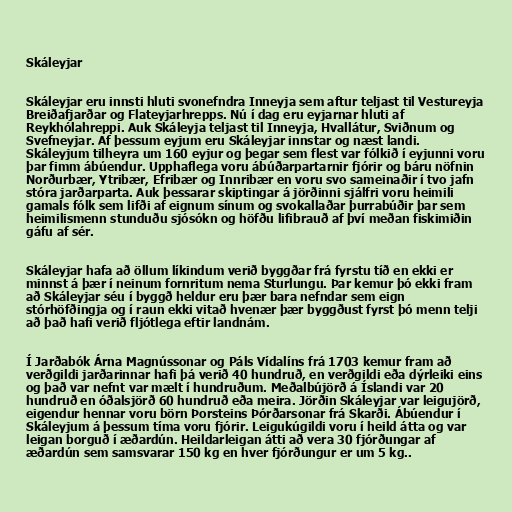
Skáleyjar

Skáleyjar eru innsti hluti svonefndra Inneyja sem aftur teljast til Vestureyja
Breiðafjarðar og Flateyjarhrepps. Nú í dag eru eyjarnar hluti af
Reykhólahreppi. Auk Skáleyja teljast til Inneyja, Hvallátur, Sviðnum og
Svefneyjar. Af þessum eyjum eru Skáleyjar innstar og næst landi.
Skáleyjum tilheyra um 160 eyjur og þegar sem flest var fólkið í eyjunni voru
þar fimm ábúendur. Upphaflega voru ábúðarpartarnir fjórir og báru nöfnin
Norðurbær, Ytribær, Efribær og Innribær en voru svo sameinaðir í tvo jafn
stóra jarðarparta. Auk þessarar skiptingar á jörðinni sjálfri voru heimili
gamals fólk sem lifði af eignum sínum og svokallaðar þurrabúðir þar sem
heimilismenn stunduðu sjósókn og höfðu lifibrauð af því meðan fiskimiðin
gáfu af sér.

Skáleyjar hafa að öllum líkindum verið byggðar frá fyrstu tíð en ekki er
minnst á þær í neinum fornritum nema Sturlungu. Þar kemur þó ekki fram
að Skáleyjar séu í byggð heldur eru þær bara nefndar sem eign
stórhöfðingja og í raun ekki vitað hvenær þær byggðust fyrst þó menn telji
að það hafi verið fljótlega eftir landnám.

Í Jarðabók Árna Magnússonar og Páls Vídalíns frá 1703 kemur fram að
verðgildi jarðarinnar hafi þá verið 40 hundruð, en verðgildi eða dýrleiki eins
og það var nefnt var mælt í hundruðum. Meðalbújörð á Íslandi var 20
hundruð en óðalsjörð 60 hundruð eða meira. Jörðin Skáleyjar var leigujörð,
eigendur hennar voru börn Þorsteins Þórðarsonar frá Skarði. Ábúendur í
Skáleyjum á þessum tíma voru fjórir. Leigukúgildi voru í heild átta og var
leigan borguð í æðardún. Heildarleigan átti að vera 30 fjórðungar af
æðardún sem samsvarar 150 kg en hver fjórðungur er um 5 kg..